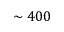
\sim 4 0 0